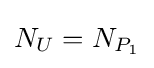
N_{U}=N_{P_{1}}